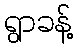
ရွာခန့်